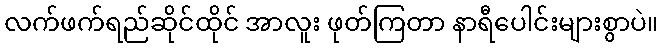
လက်ဖက်ရည်ဆိုင်ထိုင် အာလူး ဖုတ်ကြတာ နာရီပေါင်းများစွာပဲ။